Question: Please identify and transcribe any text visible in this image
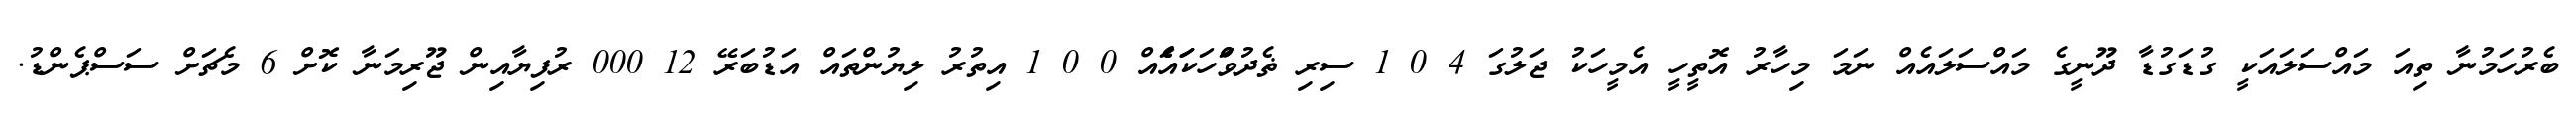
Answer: ބެރުހަމުނާ ތިއަ މައްސަލައަކީ ގުޑަގުޑާ ދޫނީގެ މައްސަލައެއް ނަމަ މިހާރު އޮތީހީ އެމީހަކު ޖަލުގަ 4 0 1 ސިރި ޡެދުވަްްހަކަަައެެައް 0 0 1 އިތުރު ލިޔުންތައް އަޑުބަރޭ 12 000 ރުފިޔާއިން ޖޫރިމަނާ ކޮށް 6 މެޗަށް ސަސްޕެންޑު.